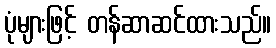
ပုံများဖြင့် တန်ဆာဆင်ထားသည်။